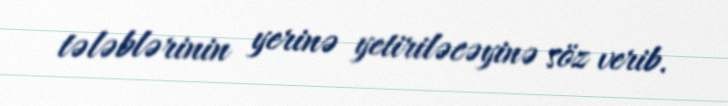
tələblərinin yerinə yetiriləcəyinə söz verib.